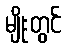
မျိုးတွင်